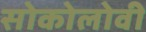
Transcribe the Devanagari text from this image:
सोकोलोवी